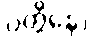
ဝတ္တိနော